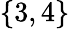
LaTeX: \{ 3,4\}